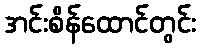
အင်းစိန်ထောင်တွင်း